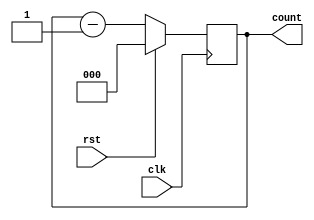
module counter_behav(count,rst,clk);
        input rst,clk;
        output reg[2:0] count;
        always@(posedge clk) 
        if(rst)
                count<=3'b000;
        else
                count<=count-1;    
endmodule
 
module testbench;
        reg r, c;
        wire [2:0] ct;
        counter_behav countbeh(ct,r,c);
        initial begin
                $dumpfile("dump.vcd");
                $dumpvars(0,testbench);
                r=1;
                c=8;
                #100;
                r=0;
                #200
                $finish;
        end
        always #5 c=~c;
endmodule